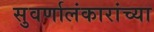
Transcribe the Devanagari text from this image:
सुवर्णालंकारांच्या